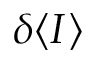
\delta \langle I \rangle